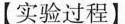
【实验过程】